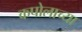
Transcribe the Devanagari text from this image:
कपोलाच्या